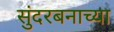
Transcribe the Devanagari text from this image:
सुंदरबनाच्या